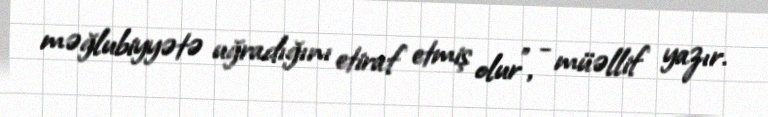
məğlubiyyətə uğradığını etiraf etmiş olur”, - müəllif yazır.